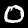
Label: 0